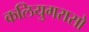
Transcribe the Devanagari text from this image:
कलियुगरासो